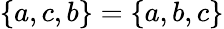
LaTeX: \{ a,c,b\} =\{ a,b,c\}